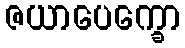
ဇယာပေက္ခော